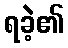
ရခဲ့၏